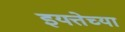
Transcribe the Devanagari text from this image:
इयत्तेच्या